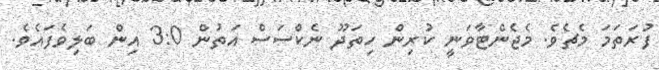
ފުރަތަމަ މެޗެވެ. މެޖެންޓާވަނީ ކުރިން ހިތަދޫ ނެކްސަސް އަތުން 3:0 އިން ބަލިވެފައެވެ.